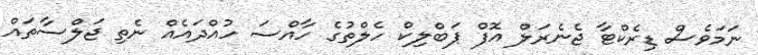
ނަމަވެސް ޑިރެކްޓާ ޖެނެރަލް އޮފް ޕަބްލިކް ހެލްތުގެ ހާއްސަ ހުއްދައެއް ނެތި ޖަލްސާތައް